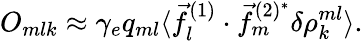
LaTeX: O_{mlk}\approx\gamma_{e}q_{ml}\langle\vec{f}_{l}^{(1)}\cdot\vec{f}_{m}^{(2)^{*}}\delta\rho_{k}^{ml}\rangle.